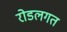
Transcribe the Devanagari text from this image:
रोडलगत